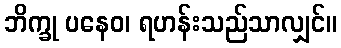
ဘိက္ခု ပနေဝ၊ ရဟန်းသည်သာလျှင်။